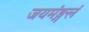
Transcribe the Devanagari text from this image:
जयमंङ्गलं